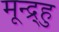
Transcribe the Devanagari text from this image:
मून्द्र्हु